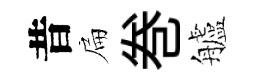
昔扁巻艫